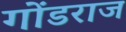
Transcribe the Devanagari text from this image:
गोंडराज